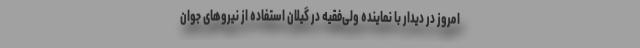
امروز در دیدار با نماینده ولی‌فقیه در گیلان استفاده از نیروهای جوان